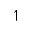
\upharpoonleft